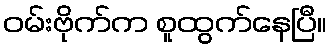
ဝမ်းဗိုက်က စူထွက်နေပြီ။